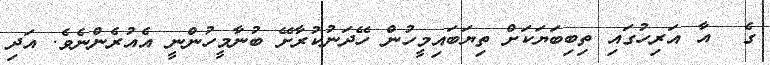
ގެ  އާ އަރިހުގައި ތިބިބަޔަކަށް ތިޔަބައިމީހުން ހޭދަނުކުރާށޭ ބުނާމީހުންނީ އެއުރެންނެވެ. އަދި